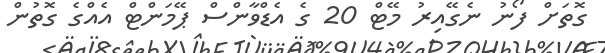
ގޮތަށް ފޯނު ނެގޭއިރު މޭޓް 20 ގެ އެޑްވާންސް ޕޭމަންޓް އެއްގެ ގޮތުން